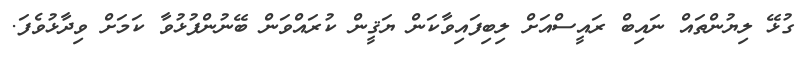
ގުޅޭ ލިޔުންތައް ނައިބް ރައީސްއަށް ލިބިފައިވާކަން ޔަޤީން ކުރައްވަން ބޭނުންފުޅުވާ ކަމަށް ވިދާޅުވެފަ.